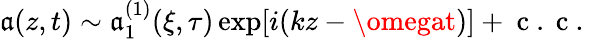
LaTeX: \mathfrak{a}(z,t)\sim\mathfrak{a}_{1}^{(1)}(\xi,\tau)\exp[i(kz-\omegat)]+\mathrm{{~c~.~c~.~}}